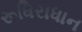
રૂધિરાધાન